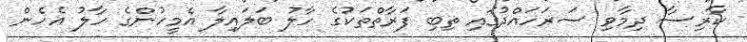
ކާރިސާ ދިމާވި ސަރަހައްދުގައި ތިބި ފަރާތްތަކުގެ ހާލު ބަލައިލާ އެމީހުންގެ ހާލު އެހެން